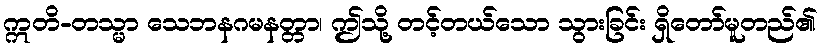
ဣတိ-တသ္မာ သေဘနဂမနတ္တာ၊ ဤသို့ တင့်တယ်သော သွားခြင်း ရှိတော်မူတည်၏